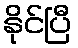
နိုင်ပြီ